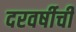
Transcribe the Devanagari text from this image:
दरवर्षीची